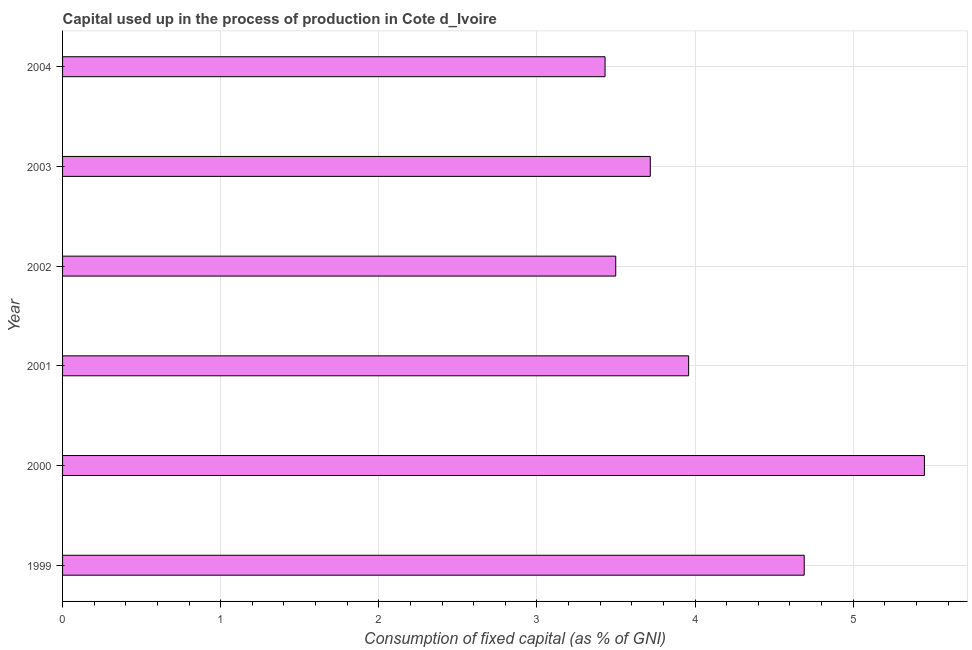
| Year | Consumption of fixed capital |
 | --- | --- |
 | 1999 | 4.69 |
 | 2000 | 5.45 |
 | 2001 | 3.96 |
 | 2002 | 3.5 |
 | 2003 | 3.72 |
 | 2004 | 3.43 |